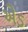
એડ